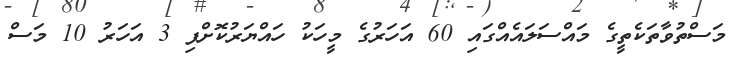
މަސްތުވާތަކެތީގެ މައްސަލައެއްގައި 60 އަހަރުގެ މީހަކު ހައްޔަރުކޮށްފި 3 އަހަރު 10 މަސް